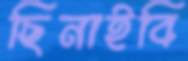
ছিনাইবি